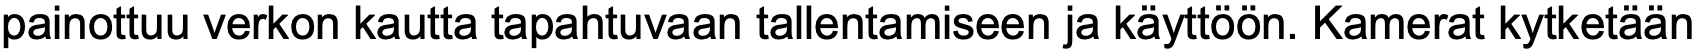
painottuu verkon kautta tapahtuvaan tallentamiseen ja käyttöön. Kamerat kytketään